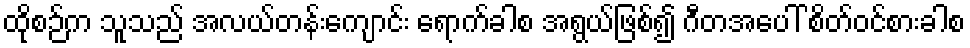
ထိုစဉ်က သူသည် အလယ်တန်းကျောင်း ရောက်ခါစ အရွယ်ဖြစ်၍ ဂီတအပေါ် စိတ်ဝင်စားခါစ